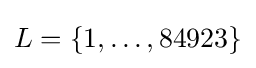
L=\{1,\dots ,84923\}